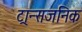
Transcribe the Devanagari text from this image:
ट्रान्सजनिक